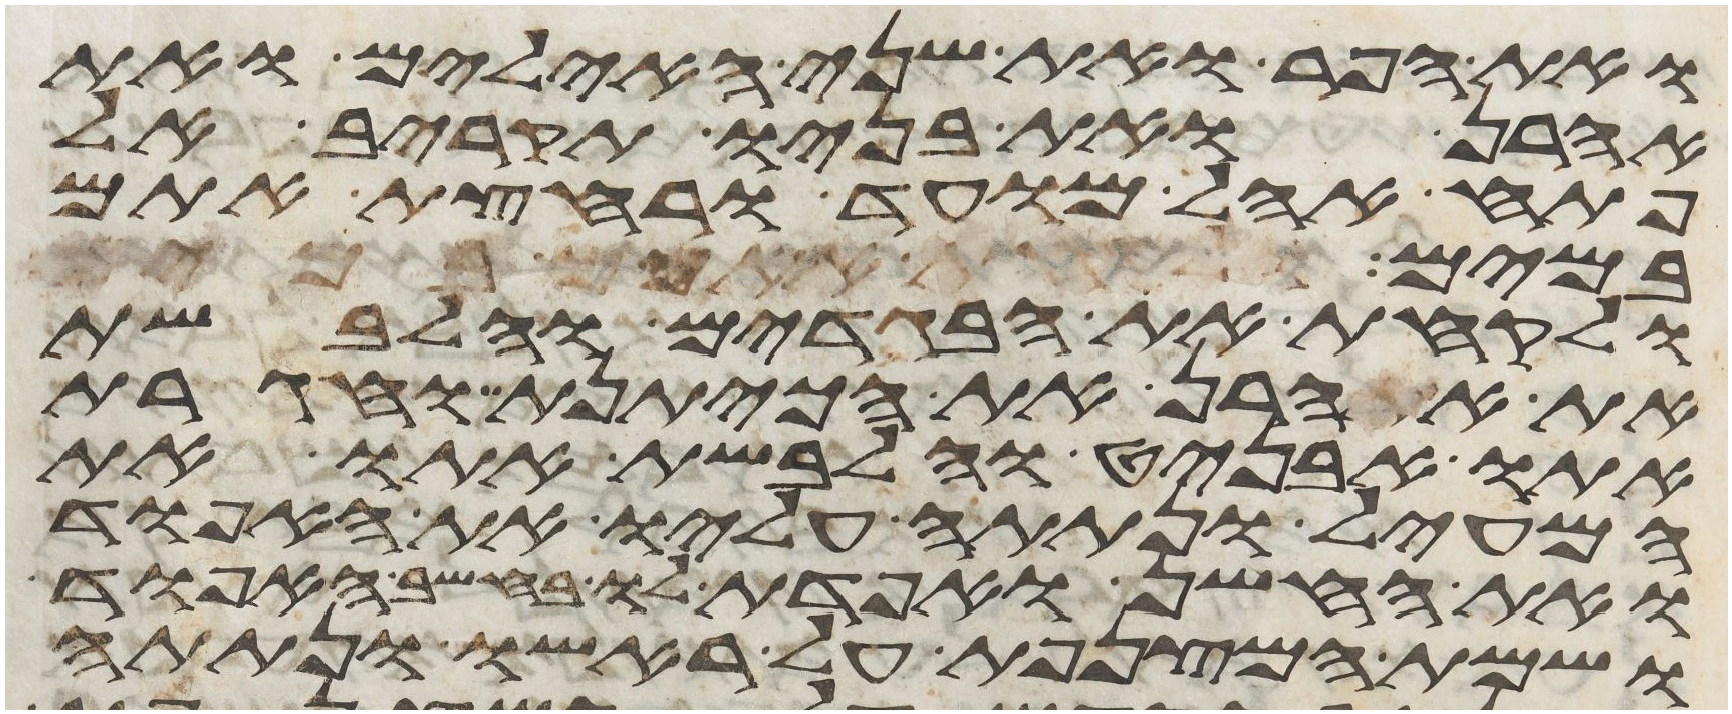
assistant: ואת הפר ואת שני האילים ואת
אהרן ואת בניו תקריב אל
פתח אהל מועד ורחצת אתם
במים
ולקחת את הבגדים והלבשת
את אהרן את הכיתנת וחגרת
אתו אבניט והלבשת אתו את
המעיל ונתתה עליו את האפוד
ואת החשן ואפדת לו בחשב האפוד
ושמת המצנפת על ראשו ונתתה